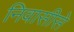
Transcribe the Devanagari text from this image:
निवासीसे